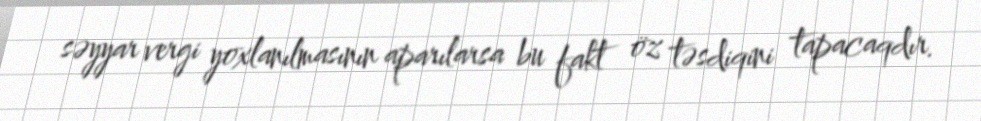
səyyar vergi yoxlanılmasının aparılarsa bu fakt öz təsdiqini tapacaqdır.